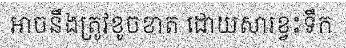
អាចនឹងត្រូវខូចខាត ដោយសារខ្វះទឹក